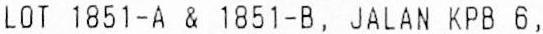
LOT 1851-A & 1851-B, JALAN KPB 6,